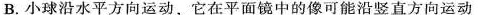
B.小球沿水平方向运动，它在平面镜中的像可能沿竖直方向运动